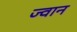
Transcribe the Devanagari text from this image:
ज्वान